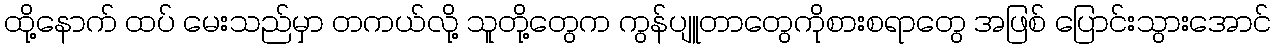
ထို့နောက် ထပ် မေးသည်မှာ တကယ်လို့ သူတို့တွေက ကွန်ပျူတာတွေကိုစားစရာတွေ အဖြစ် ပြောင်းသွားအောင်